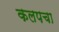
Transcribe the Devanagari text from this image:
कलपचा